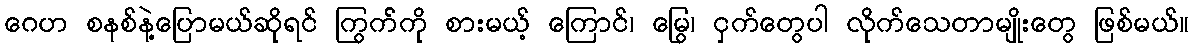
ဂေဟ စနစ်နဲ့ပြောမယ်ဆိုရင် ကြွက််ကို စားမယ့် ကြောင်၊ မြွေ၊ ငှက်တွေပါ လိုက်သေတာမျိုးတွေ ဖြစ်မယ်။